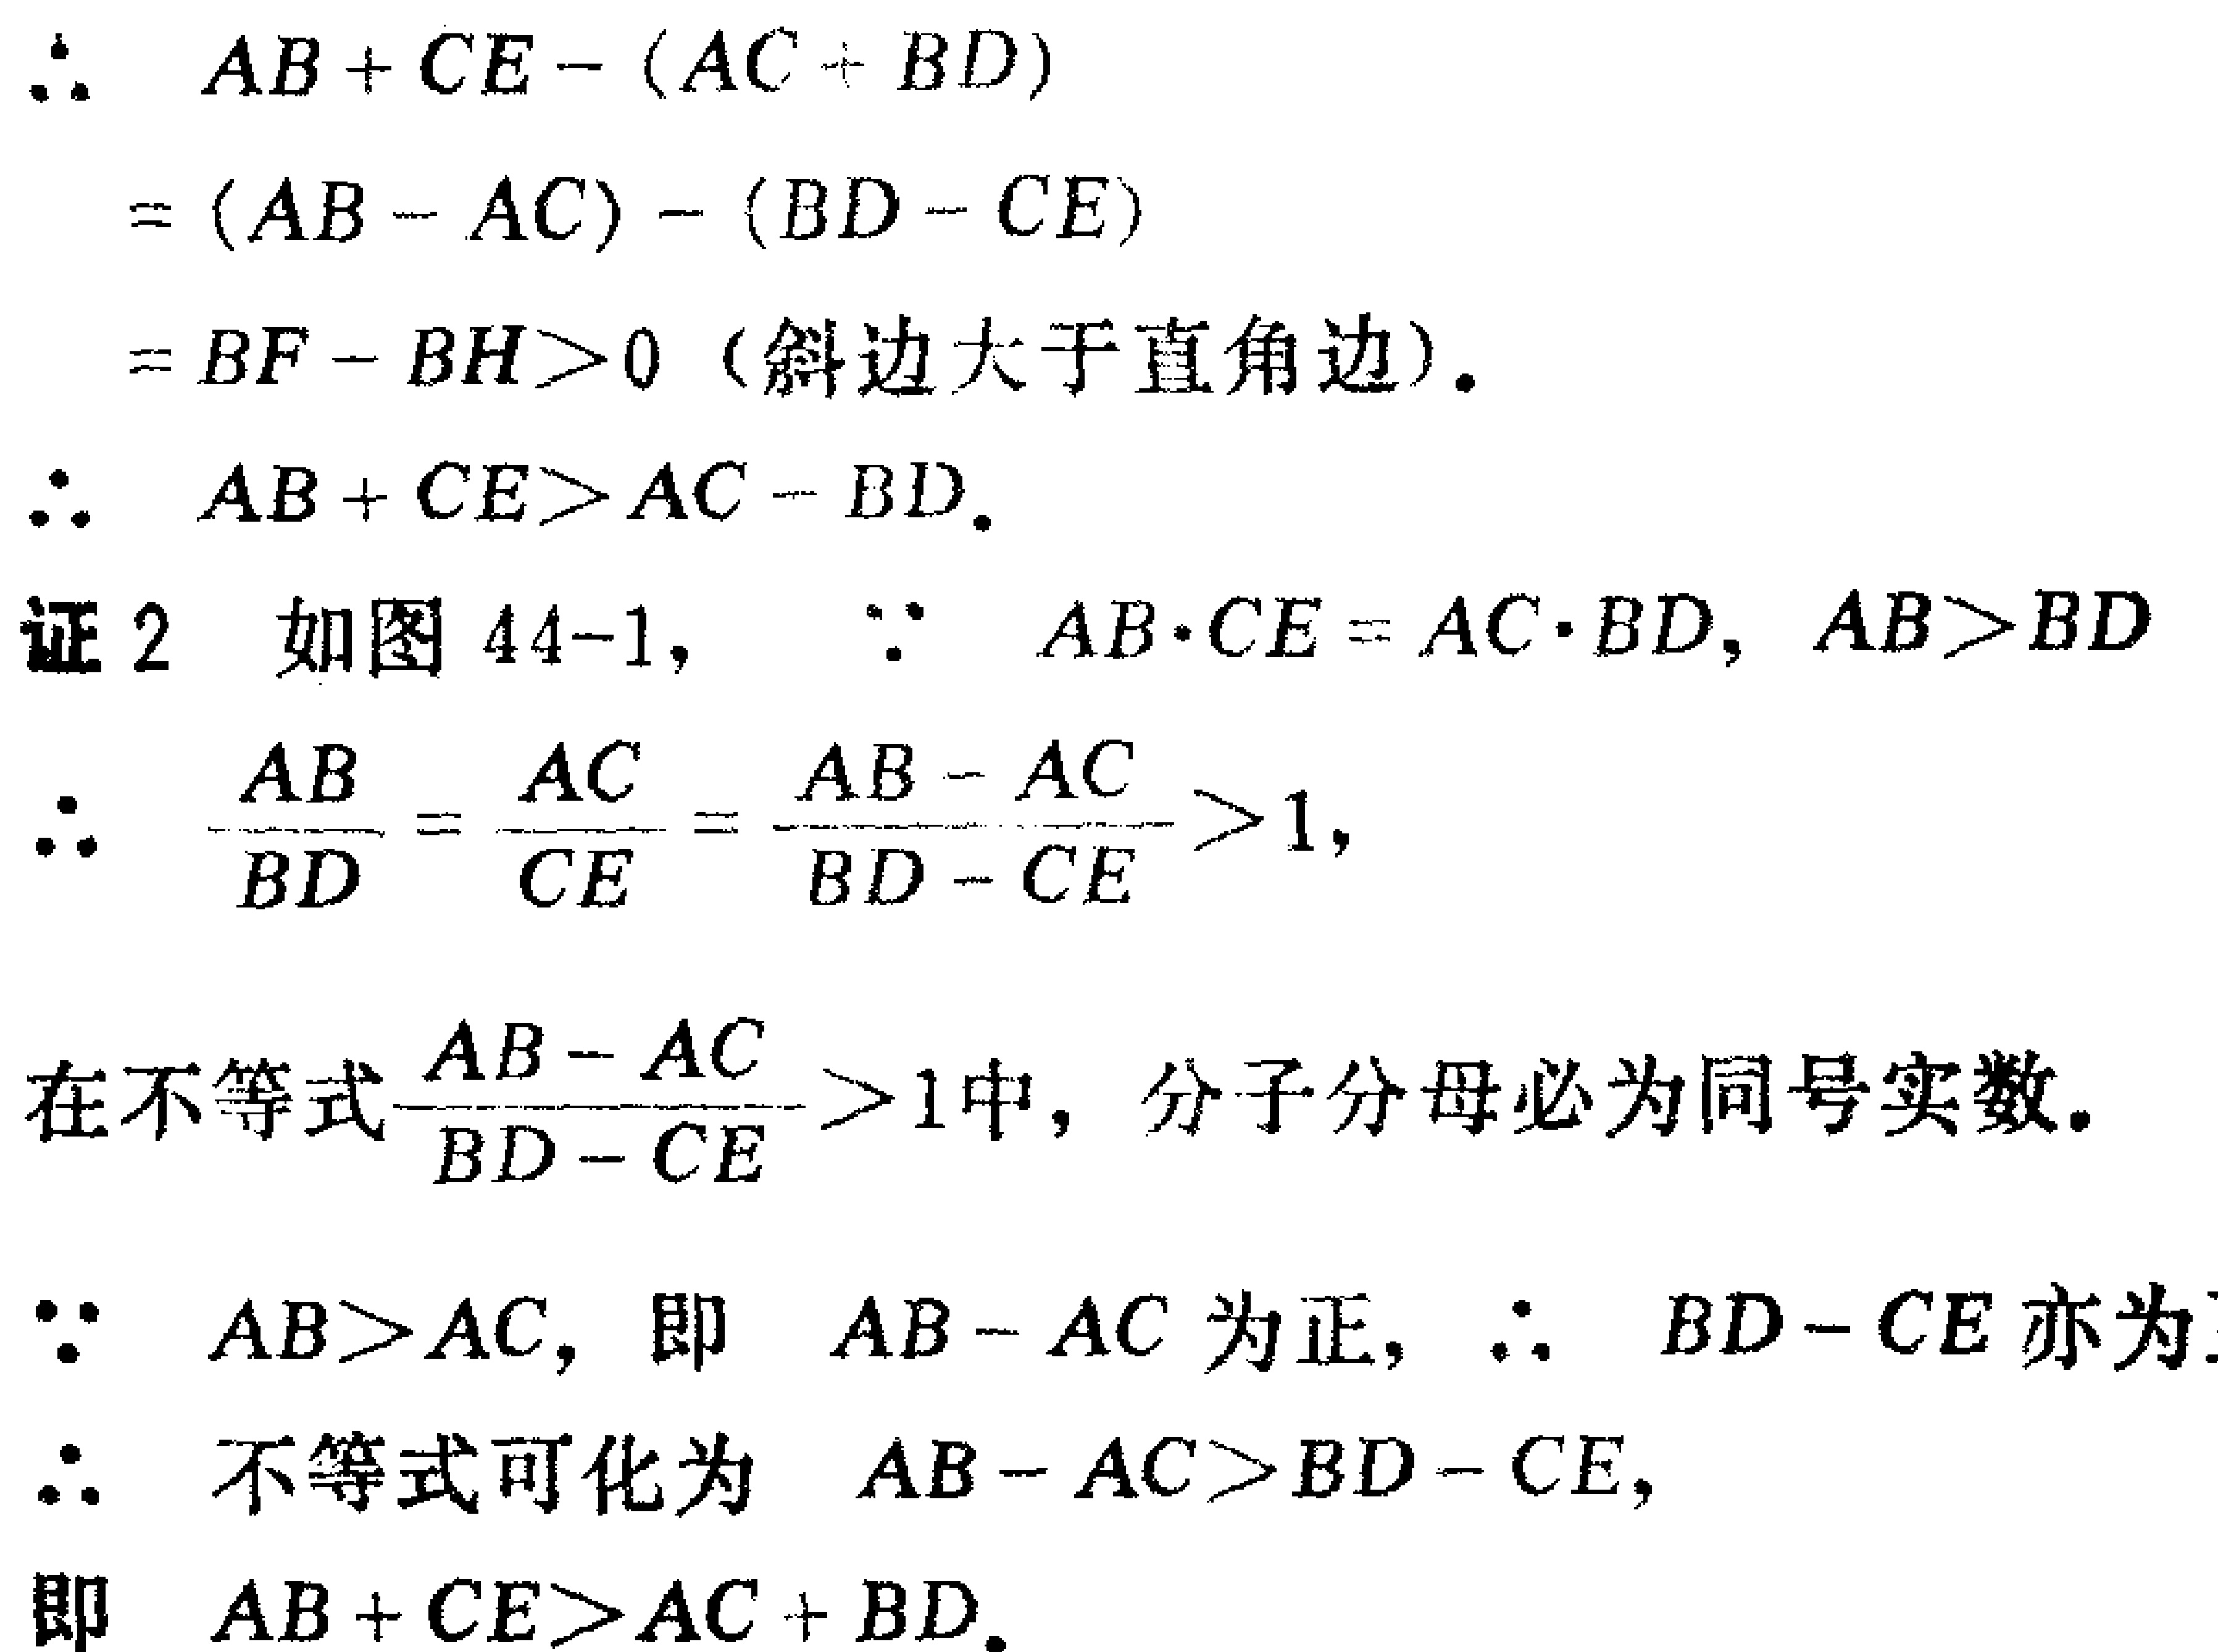
\begin{align*}
&\therefore AB + CE-(AC + BD)\\
&=(AB - AC)-(BD - CE)\\
&=BF - BH>0 \text{（斜边大于直角边）}.\\
&\therefore AB + CE>AC + BD.\\
&\text{证2 如图44-1，}\ \ \because AB\cdot CE = AC\cdot BD, AB>BD\\
&\therefore \frac{AB}{BD}=\frac{AC}{CE}=\frac{AB - AC}{BD - CE}>1,\\
&\text{在不等式}\frac{AB - AC}{BD - CE}>1\text{中，分子分母必为同号实数}.\\
&\because AB>AC,\text{ 即 }AB - AC\text{ 为正，}\therefore BD - CE\text{ 亦为正}\\
&\therefore \text{不等式可化为 }AB - AC>BD - CE,\\
&\text{即 }AB + CE>AC + BD.
\end{align*}